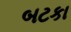
બટકા